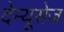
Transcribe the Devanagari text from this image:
देम्यूसेज